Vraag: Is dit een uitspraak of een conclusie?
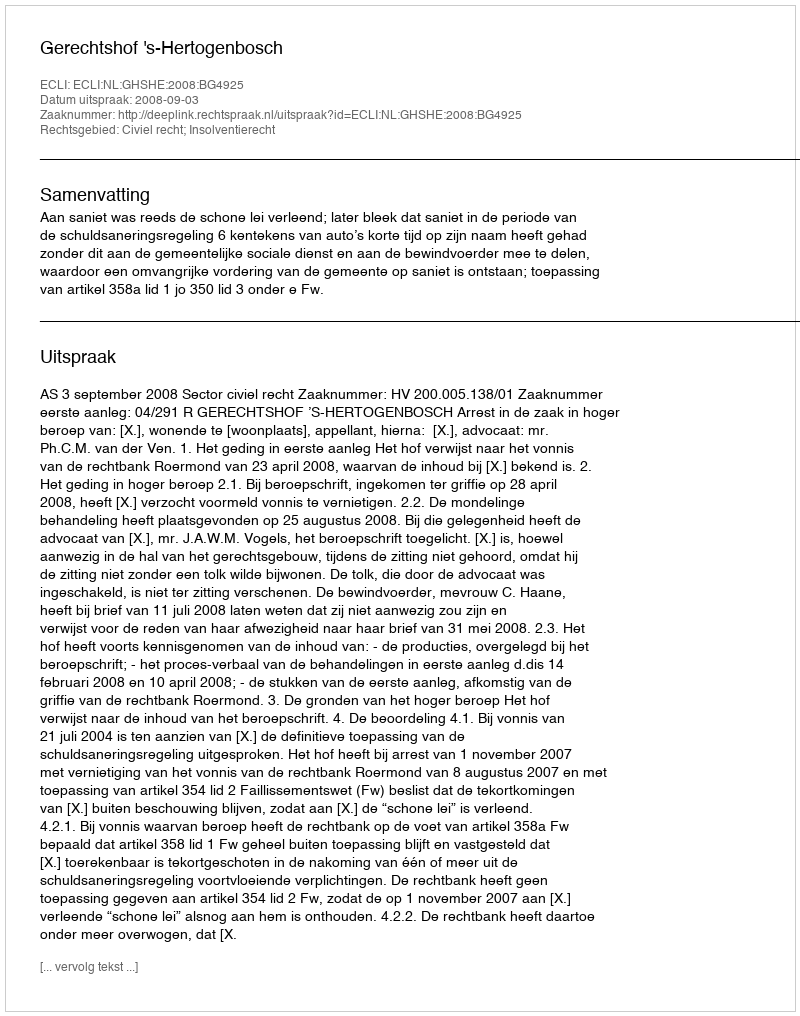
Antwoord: Uitspraak